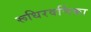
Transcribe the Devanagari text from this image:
रूधिरवर्णिका